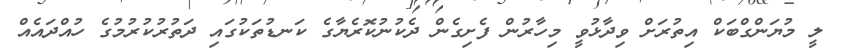
ލީ މުޔަންގްބަކް އިތުރަށް ވިދާޅުވީ މިހާރުން ފެށިގެން ދެކުނުކޮރެޔާގެ ކަނޑުތަކުގައި ދަތުރުކުރުމުގެ ހުއްދައެއް